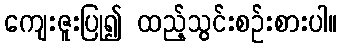
ကျေးဇူးပြု၍ ထည့်သွင်းစဉ်းစားပါ။